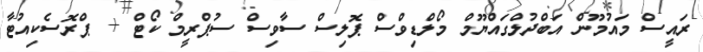
ރައީސް މައުމޫން އަބްދުލްގައްޔޫމް މޯލްޑިވްސް ޕޮލިސް ސާވިސް ސުޕްރީމް ކޯޓް + ޕްރޮސެކިއުޓާ